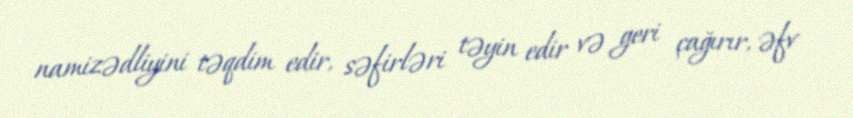
namizədliyini təqdim edir, səfirləri təyin edir və geri çağırır, əfv